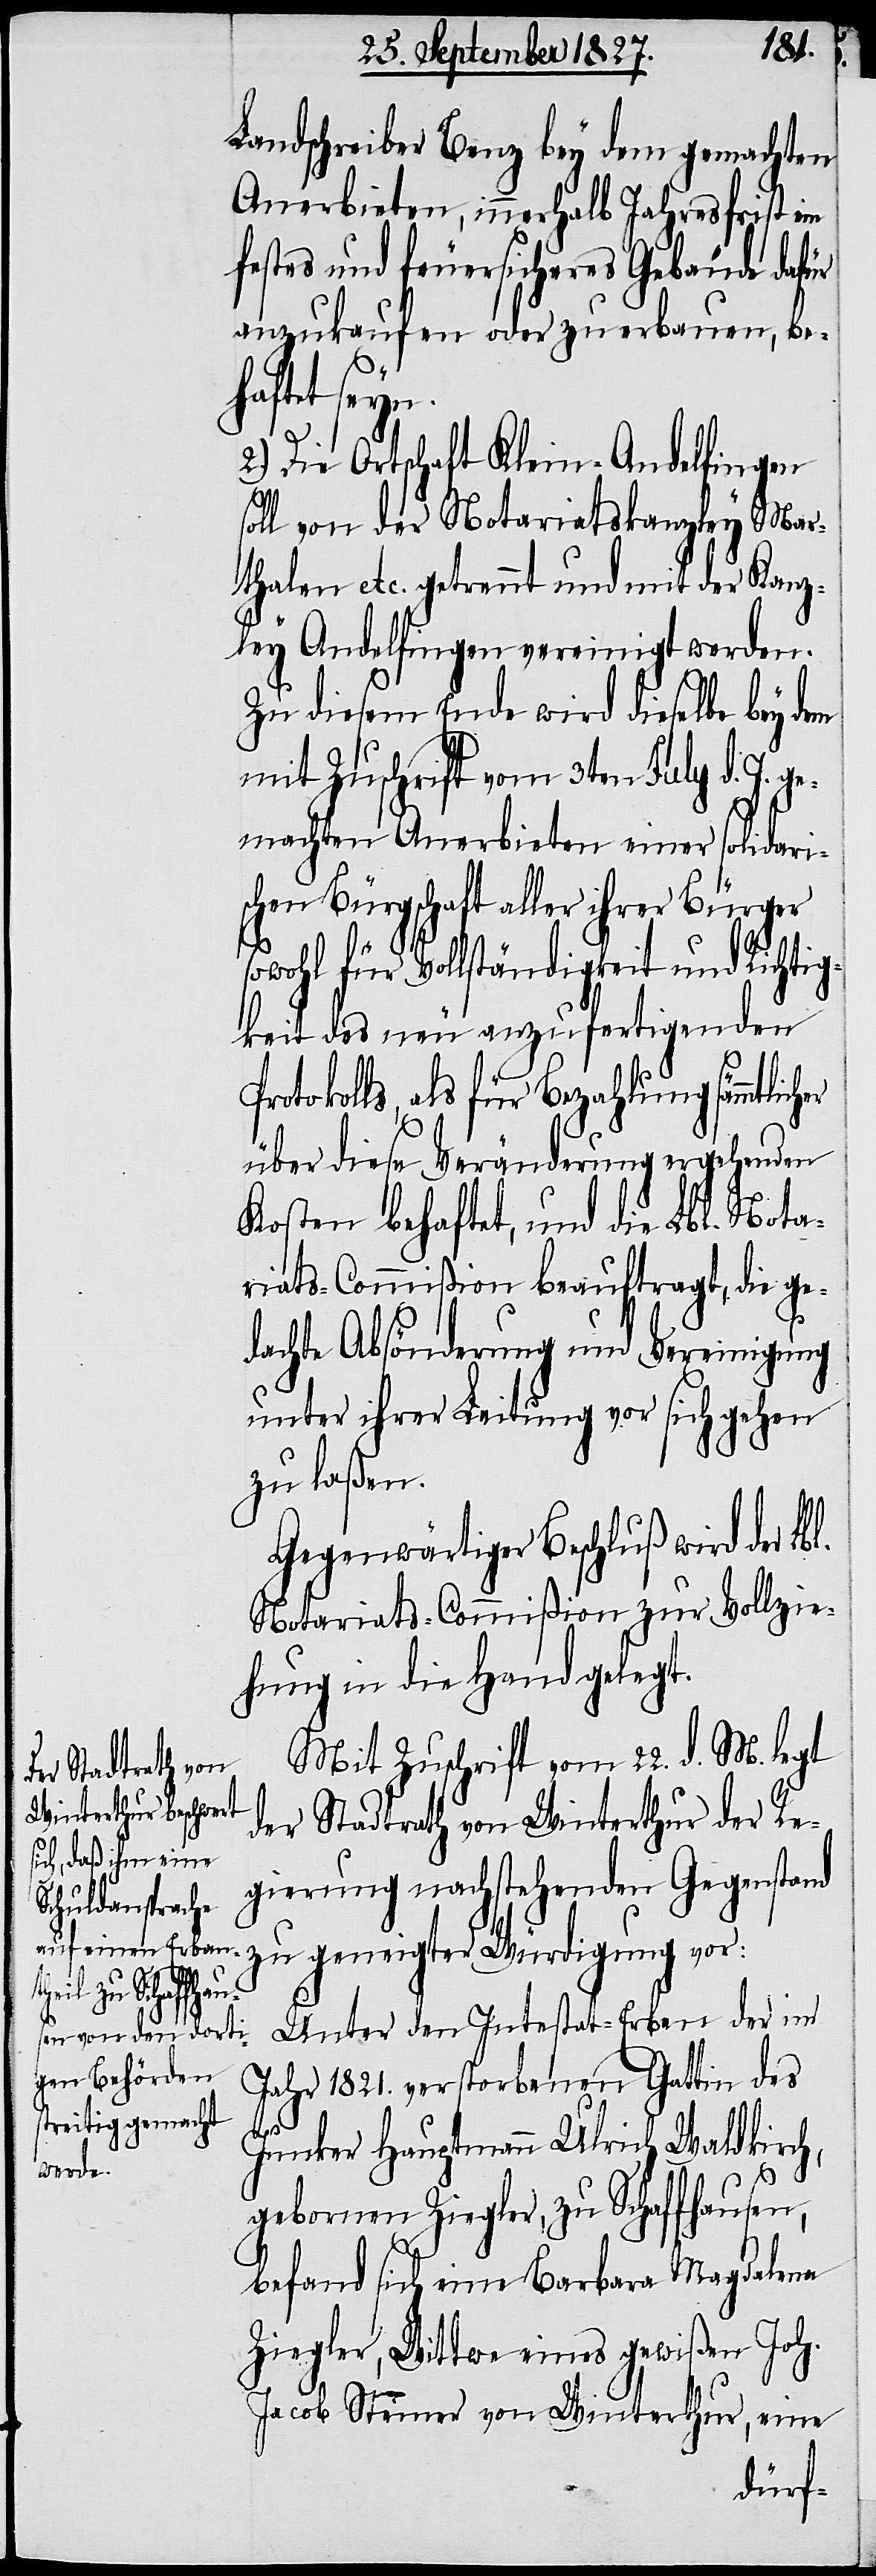
her
Landschreiber Benz bey dem gemachten
Anerbieten, innerhalb Jahresfrist ein
festes und feuersicheres Gebäude dafür
anzukaufen oder zu erbauen, be¬
haftet seyn.
2.) Die Ortschaft Klein-Andelfingen
soll von der Notariatskanzley Mar¬
thalen etc. getrennt und mit der Kanz¬
ley Andelfingen vereinigt werden.
Zu diesem Ende wird dieselbe bey dem
mit Zuschrift vom 3ten July d. J.
gemachten Anerbieten einer solidari¬
schen Bürgschaft aller ihrer Bürger
sowohl für Vollständigkeit und Richtig¬
keit des neu auszufertigenden
Protokolls, als für Bezahlung sämmtlic¬
über diese Veränderung ergehenden
Kosten behaftet, und die Lbl. Nota¬
riats-Commißion beauftragt, die ge¬
dachte Absönderung und Vereinigung
unter ihrer Leitung vor sich gehen
zu laßen.
Gegenwärtiger Beschluß wird der Lbl.
Notariats-Commißion zur Vollzie¬
hung in die Hand gelegt.
Mit Zuschrift vom 22. d. M. legt
der Stadtrath von Winterthur der Re¬
gierung nachstehenden Gegenstand
zu geneigter Würdigung vor:
Unter den Intestat-Erben der im
Jahr 1821. verstorbenen Gattin des
Junker Hauptmann Ulrich Waldkirch,
gebornen Ziegler, zu Schaffhausen,
befand sich eine Barbara Magdalena
Ziegler, Wittwe eines gewißen Joh.
Jacob Steiner von Winterthur, eine